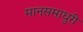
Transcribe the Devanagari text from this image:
मानसमाधुरी